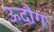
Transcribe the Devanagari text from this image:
ऊदौग